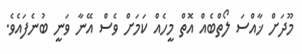
މޫދަށް ޚާއްސަ ލޯތްބެއް އޮތް މީހެއް ކަމަށް ވެސް އޭނާ ވަނީ ބުނެފައެވެ.